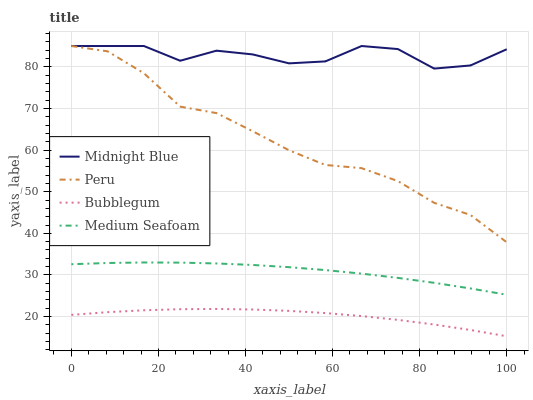
| xaxis_label | Midnight Blue | Peru | Bubblegum | Medium Seafoam |
 | --- | --- | --- | --- | --- |
 | 0 | 85 | 85 | 20.4 | 32.6 |
 | 8.33 | 85 | 83.7 | 21.1 | 32.9 |
 | 16.7 | 85 | 78.5 | 21.5 | 33 |
 | 25 | 81.5 | 70.4 | 21.8 | 33 |
 | 33.3 | 83.9 | 68.9 | 21.8 | 32.8 |
 | 41.7 | 83 | 64.5 | 21.7 | 32.4 |
 | 50 | 80.8 | 60 | 21.4 | 31.9 |
 | 58.3 | 81.3 | 56.4 | 20.8 | 31.2 |
 | 66.7 | 85 | 55.7 | 20.1 | 30.3 |
 | 75 | 84.3 | 52.6 | 19.2 | 29.3 |
 | 83.3 | 79.6 | 47.3 | 18.1 | 28.1 |
 | 91.7 | 80.3 | 44.4 | 16.8 | 26.8 |
 | 100 | 84.2 | 37.9 | 15.3 | 25.2 |